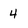
Character: 4